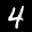
Label: 4